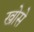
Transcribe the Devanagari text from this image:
खोसे